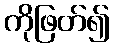
ကိုဖြတ်၍